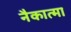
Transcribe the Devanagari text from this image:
नैकात्मा